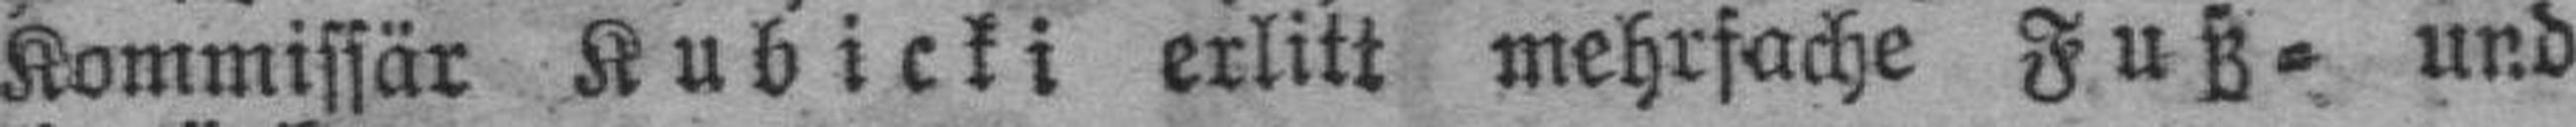
Kommissär Kubicki erlitt mehrfache Fuß= und